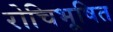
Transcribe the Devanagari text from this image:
रोचिभूषित